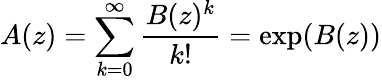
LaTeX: A(z)=\sum_{k=0}^{\infty}{\frac{B(z)^{k}}{k!}}=\exp(B(z))